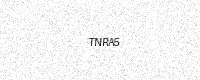
Text: TNRA5